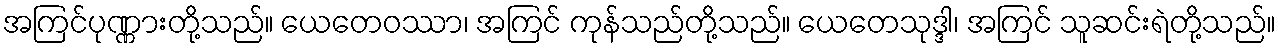
အကြင်ပုဏ္ဏားတို့သည်။ ယေတေဝဿာ၊ အကြင် ကုန်သည်တို့သည်။ ယေတေသုဒ္ဒါ၊ အကြင် သူဆင်းရဲတို့သည်။